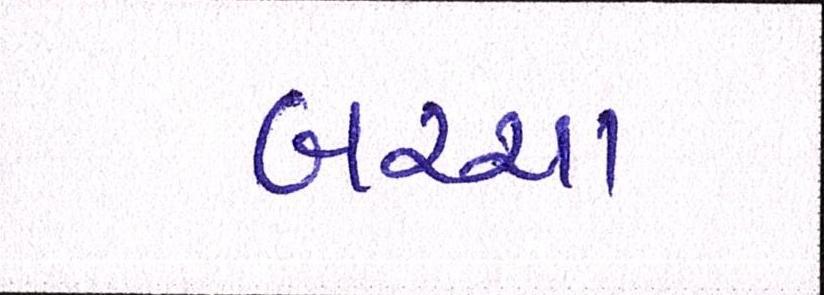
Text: બચ્ચા